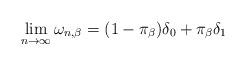
LaTeX: \begin{align*} \lim_{n \to \infty} \omega_{n,\beta} = (1-\pi_\beta) \delta_0 + \pi_\beta \delta_1 \end{align*}